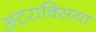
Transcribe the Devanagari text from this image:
अटराक्सिया